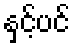
နှင့်ပင်